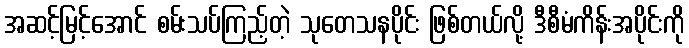
အဆင့်မြင့်အောင် စမ်းသပ်ကြည့်တဲ့ သုတေသနပိုင်း ဖြစ်တယ်လို့ ဒီစီမံကိန်းအပိုင်းကို